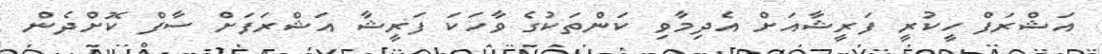
އަޝްރަފް ހީކުރީ ފަރީޝާއަށް އެދިމާވި ކަންތަކުގެ ވާހަކަ ފަރީޝާ އަޝްރަފަށް ސާފް ކޮށްދެން